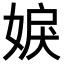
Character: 𡝢